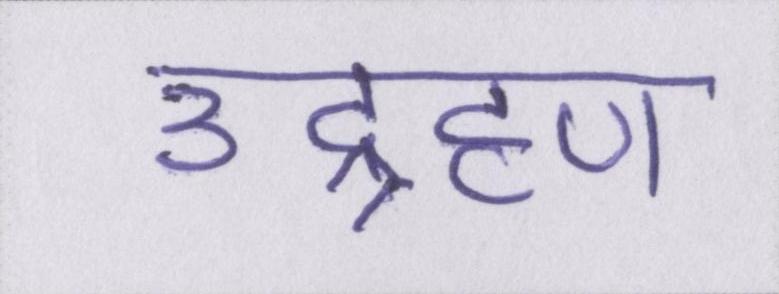
उद्ग्रहण